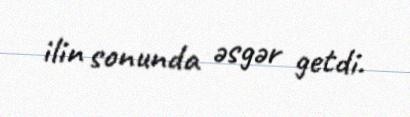
ilin sonunda əsgər getdi.